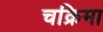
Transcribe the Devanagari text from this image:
चक्रिमा